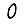
Digit: 0